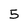
Character: 5